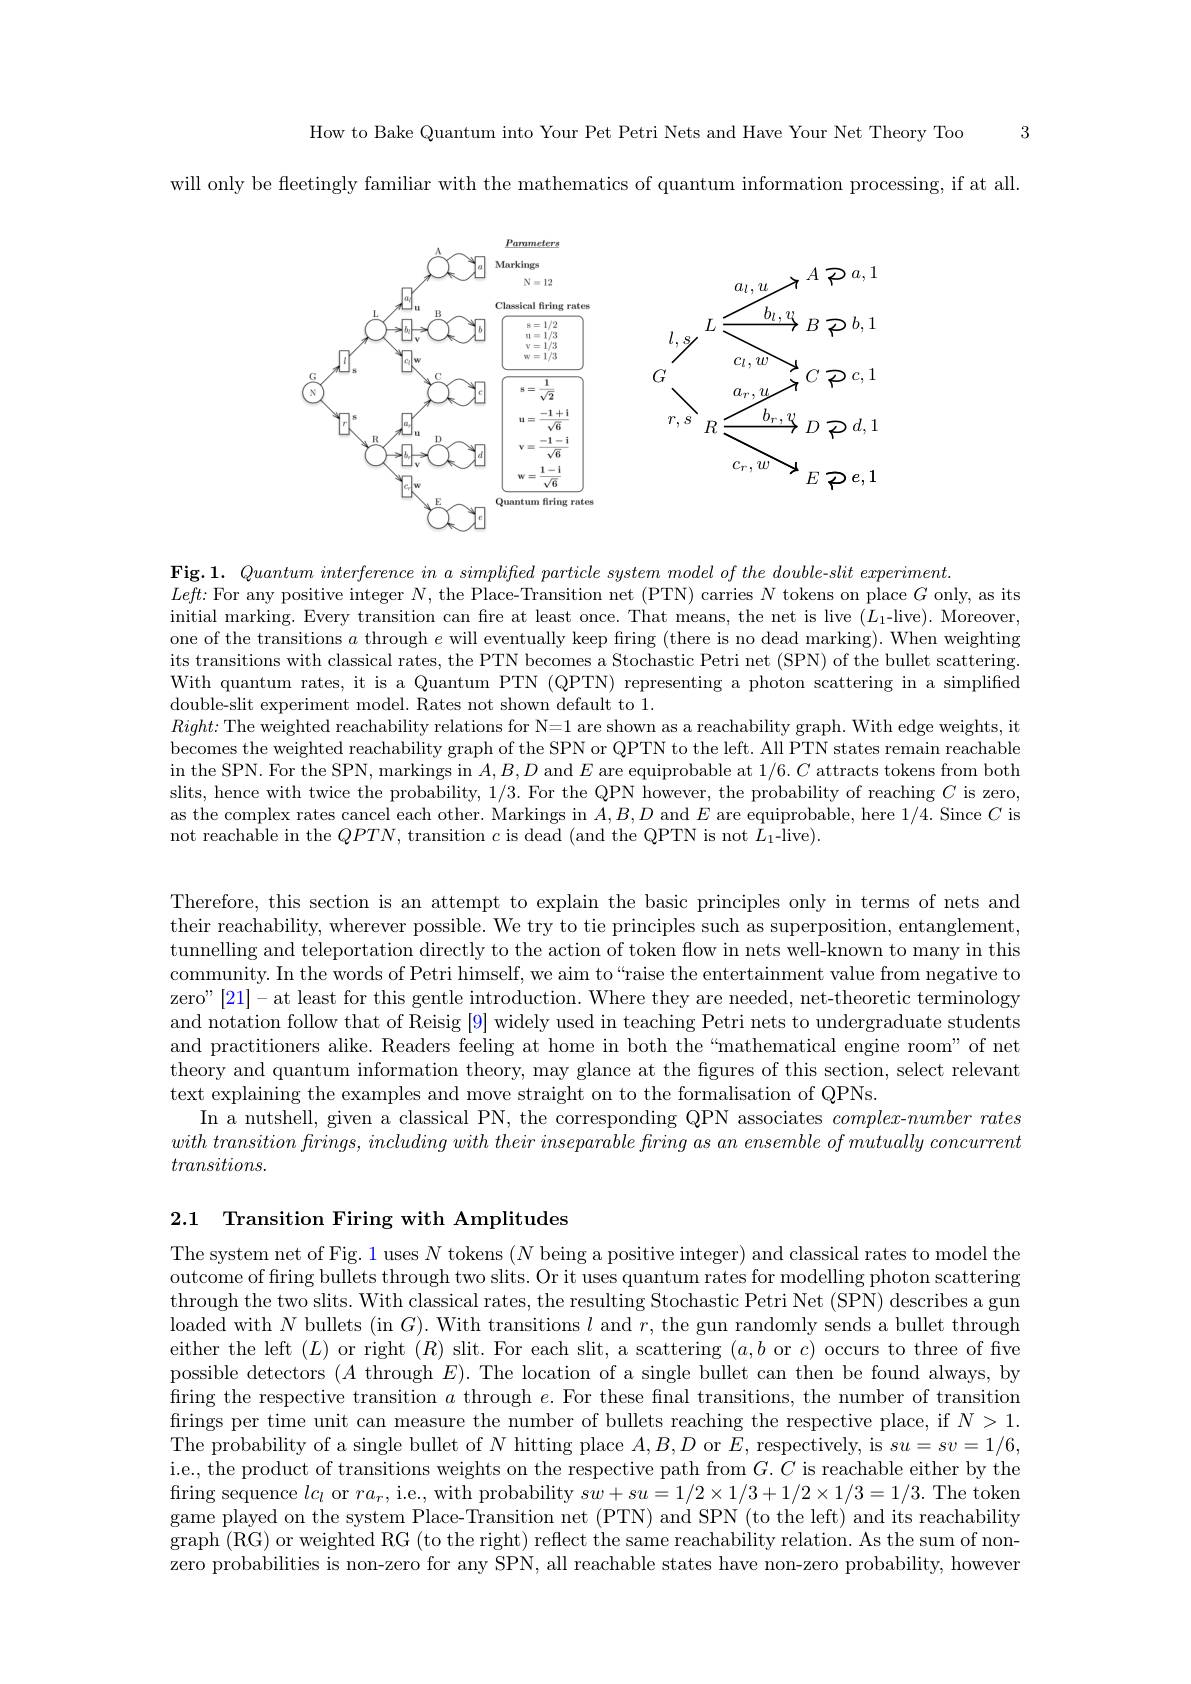
3

How to Bake Quantum into Your Pet Petri Nets and Have Your Net Theory Too

will only be fleetingly familiar with the mathematics of quantum information processing, if at all.

<FigureHere>

$\mathbf{Fig. 1. }\textit{ Quantum interference in a simplifed particle system model of the double- slit experiment. }$
$Left{:}$ For any positive integer $N$, the Place-Transition net (PTN) carries $N$ tokens on place $G$ only, as its initial marking. Every transition can fre at least once. That means, the net is live $(L_1$-live). Moreover, one of the transitions $a$ through $e$ will eventually keep firing (there is no dead marking). When weighting its transitions with classical rates, the PTN becomes a Stochastic Petri net (SPN) of the bullet scattering. With quantum rates, it is a Quantum PTN (QPTN) representing a photon scattering in a simplified double-slit experiment model. Rates not shown default to 1.
$Right{:}$The weighted reachability relations for N=1 are shown as a reachability graph. With edge weights, it becomes the weighted reachability graph of the SPN or QPTN to the left. All PTN states remain reachable in the SPN. For the SPN, markings in $A,B,D$ and $E$ are equiprobable at $1/6.C$ attracts tokens from both slits, hence with twice the probability, 1/3. For the QPN however, the probability of reaching $C$ is zero, as the complex rates cancel each other. Markings in $A,B,D$ and $E$ are equiprobable, here 1/4. Since $C$ is not reachable in the $QPTN$, transition $c$ is dead (and the QPTN is not $L_1$-live).

Therefore, this section is an attempt to explain the basic principles only in terms of nets and their reachability, wherever possible. We try to tie principles such as superposition, entanglement, tunnelling and teleportation directly to the action of token flow in nets well-known to many in this community. In the words of Petri himself, we aim to“raise the entertainment value from negative to zero" [21]-at least for this gentle introduction. Where they are needed, net-theoretic terminology and notation follow that of Reisig [9] widely used in teaching Petri nets to undergraduate students and practitioners alike. Readers feeling at home in both the“mathematical engine room" of net theory and quantum information theory, may glance at the fgures of this section, select relevant text explaining the examples and move straight on to the formalisation of QPNs.
In a nutshell, given a classical PN, the corresponding QPN associates $complex-number$ rates $with\textit{ transition firings, including with their inseparable firing as an ensemble of mutually concurrent}$ $transitions.$

2.1 Transition Firing with Amplitudes

The system net of Fig. 1 uses $N$ tokens $(N$ being a positive integer) and classical rates to model the outcome of firing bullets through two slits. Or it uses quantum rates for modelling photon scattering through the two slits. With classical rates, the resulting Stochastic Petri Net (SPN) describes a gun loaded with $N$ bullets (in $G).$ With transitions $l$ and $r$, the gun randomly sends a bullet through either the left $(L)$ or right $(R)$ slit. For each slit, a scattering $(a,b$ or $c)$ occurs to three of five possible detectors $(A$ through $E).$ The location of a single bullet can then be found always, by firing the respective transition $a$ through $e.$ For these final transitions, the number of transition firings per time unit can measure the number of bullets reaching the respective place, if $N>1.$ The probability of a single bullet of $N$ hitting place $A,B,D$ or $E$, respectively, is $su=sv=1/6$, i.e., the product of transitions weights on the respective path from $G.C$ is reachable either by the firing sequence $lc_l$ or $ra_r$, i.e., with probability $sw+su=1/2\times1/3+1/2\times1/3=1/3.$ The token game played on the system Place-Transition net (PTN) and SPN (to the left) and its reachability graph (RG) or weighted RG (to the right) reflect the same reachability relation. As the sum of nonzero probabilities is non-zero for any SPN, all reachable states have non-zero probability, however